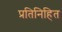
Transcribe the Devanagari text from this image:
प्रतिनिहित